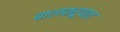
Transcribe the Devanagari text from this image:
बालकरूपात